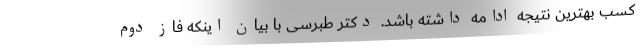
کسب بهترین نتیجه ادامه داشته باشد. دکتر طبرسی با بیان اینکه فاز دوم